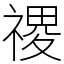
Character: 禝